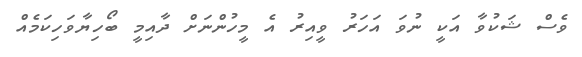
ވެސް ޝަކުވާ އަކީ ނުވަ އަހަރު ވީއިރު އެ މީހުންނަށް ދާއިމީ ބޯހިޔާވަހިކަމެއް